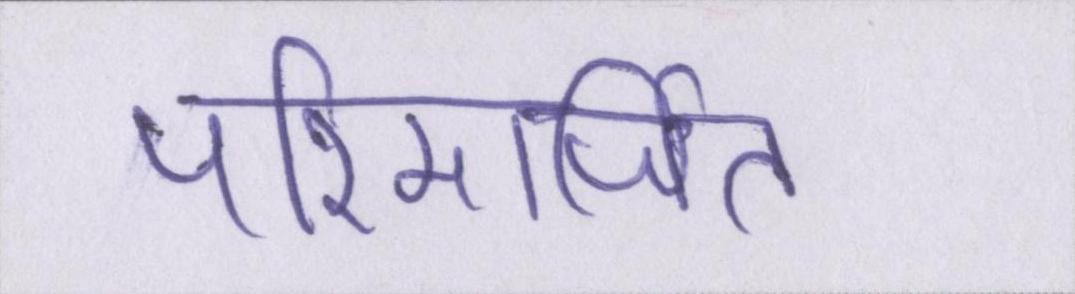
परिमार्जित